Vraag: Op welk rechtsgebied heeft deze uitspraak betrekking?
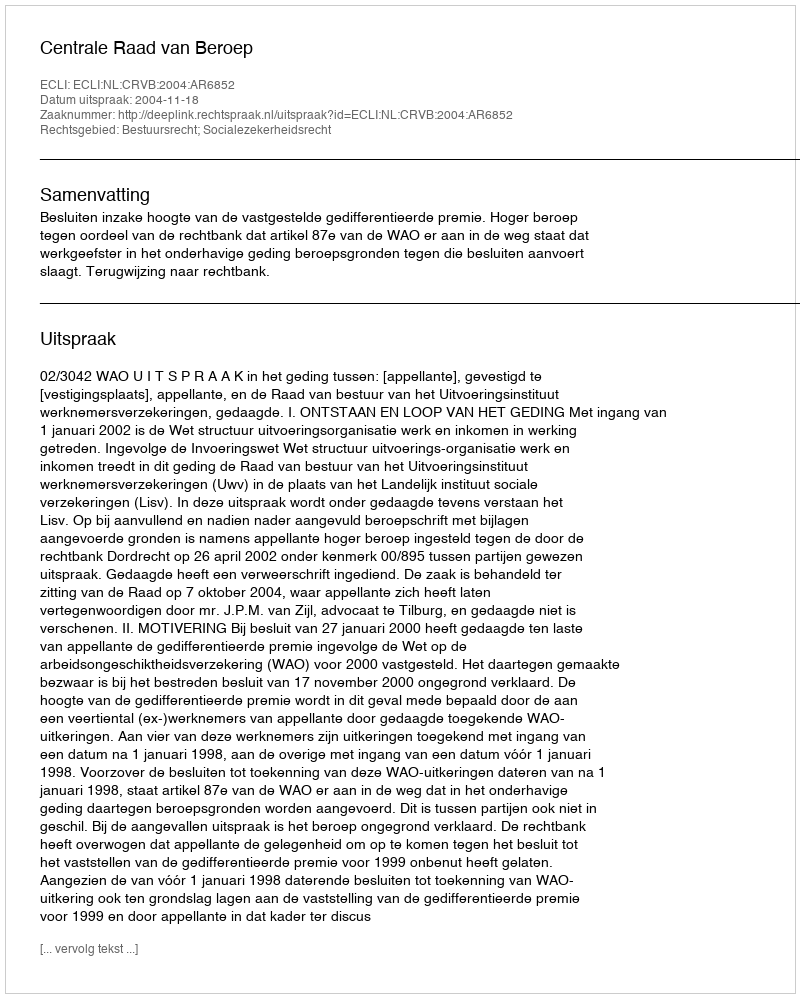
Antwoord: Bestuursrecht; Socialezekerheidsrecht